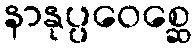
နာနုပ္ပဝေစ္ဆေ